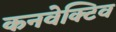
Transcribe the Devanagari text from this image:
कनवेक्टिव